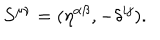
S ^ { \mu \nu } = ( \eta ^ { \alpha \beta } , - \delta ^ { i j } ) .